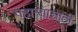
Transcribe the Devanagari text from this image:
पहार्‍यासाठी